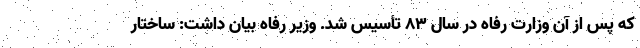
که پس از آن وزارت رفاه در سال ۸۳ تأسیس شد. وزیر رفاه بیان داشت: ساختار